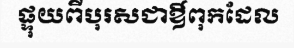
ផ្ទុយពីបុរសជាឳពុកដែល